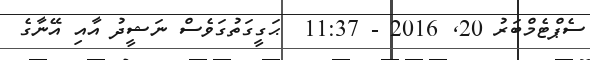
ސެޕްޓެމްބަރު 20